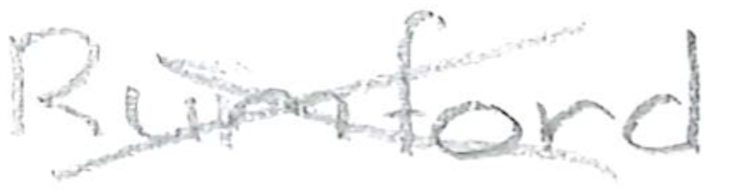
Text: Rumford
Cross-out: mix
Writing tool: pencil